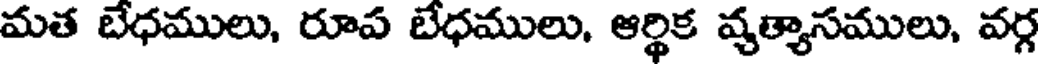
మత బేధములు, రూప బేధములు, ఆర్థిక వ్యత్యాసములు, వర్గ